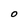
Character: O